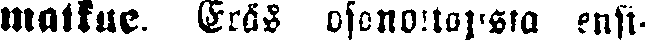
matkue. Eräs osanottajista ensi-